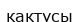
кактусы